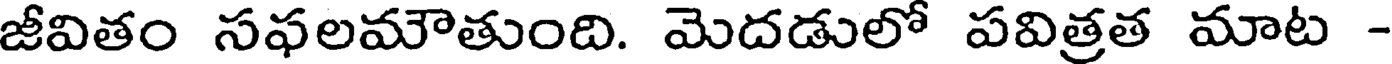
జీవితం సఫలమౌతుంది. మెదడులో పవిత్రత మాట -